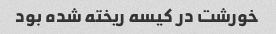
خورشت در کیسه ریخته شده بود